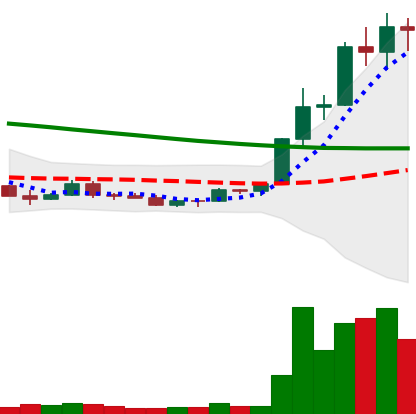
Ticker: ETC-USD
Chart end date: 2022-03-25
Forward return: 3.178%
Label: up_3_5